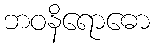
ဘဝနိရောဓော